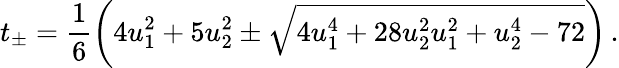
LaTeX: t_{\pm}=\frac{1}{6}\left(4u_{1}^{2}+5u_{2}^{2}\pm\sqrt{4u_{1}^{4}+28u_{2}^{2}u_{1}^{2}+u_{2}^{4}-72}\right)\, .